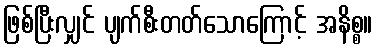
ဖြစ်ပြီးလျှင် ပျက်စီးတတ်သောကြောင့် အနိစ္စ။